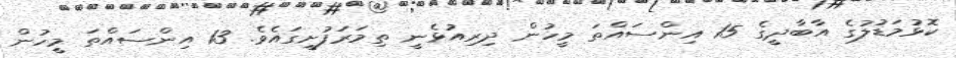
ކޮޅުމަޑުލުގެ އާބާދީގެ 15 އިންސައްތަ މީހުން ދިރިއުޅެނީ ތިމަރަފުށީގައެވެ. 13 އިންސައްތަ މީހުން